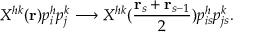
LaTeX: X ^ { h k } ( { \bf r } ) p _ { i } ^ { h } p _ { j } ^ { k } \longrightarrow X ^ { h k } ( { \frac { { \bf r } _ { s } + { \bf r } _ { s - 1 } } { 2 } } ) p _ { i s } ^ { h } p _ { j s } ^ { k } .